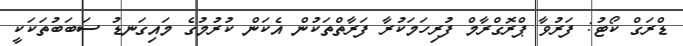
ޑްރަގް ކޯޓު: ފަރުވާ ޕްރޮގްރާމް ފުރިހަމަކުރާ ފަރާތްތަކުން އެކަން ކުރުމުގެ މައިގަނޑު ސަބަބުތަކަކީ